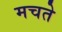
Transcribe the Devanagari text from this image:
मचते